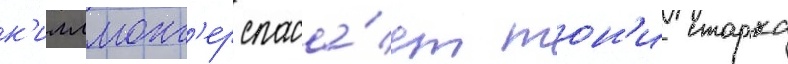
к'иллмонг'ер спаса́ет тон'и старка